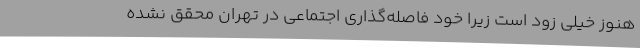
هنوز خیلی زود است زیرا خود فاصله‌گذاری اجتماعی در تهران محقق نشده